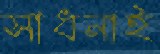
সাধনাই